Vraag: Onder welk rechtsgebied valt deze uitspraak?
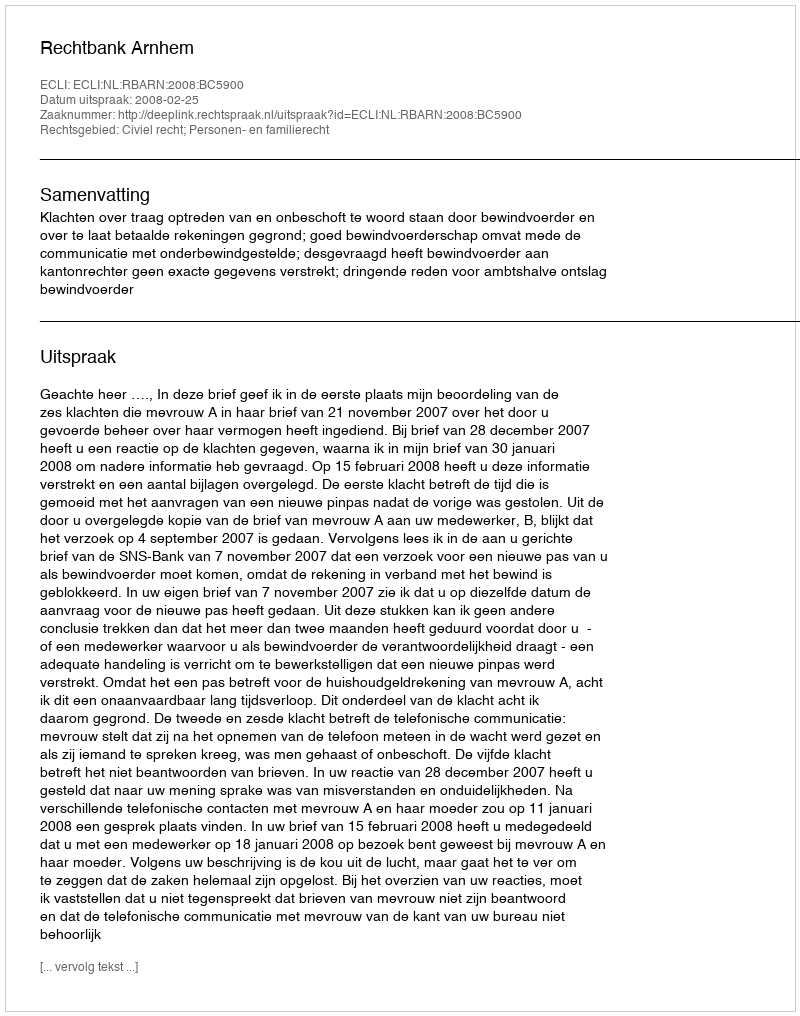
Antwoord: Civiel recht; Personen- en familierecht